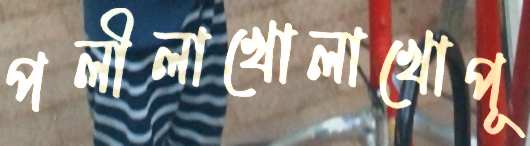
পলীলাখোলাখোপূ